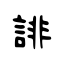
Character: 誹